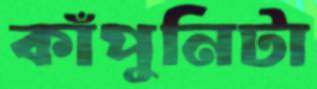
কাঁপুনিটা